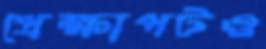
প্রেক্ষাপটও